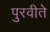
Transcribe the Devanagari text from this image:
पुरवीते